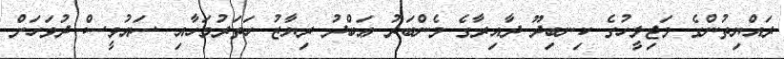
ރައްޔިތުންގެ މަޖިލީހުގެ ކިނބިދޫ ދާއިރާގެ މެންބަރު ޢަބްދު ރިޔާޒު ހަތަރުމަހާއި ސައުވީސް ދުވަހަށް